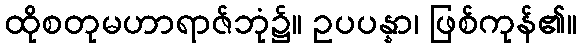
ထိုစတုမဟာရာဇ်ဘုံ၌။ ဥပပန္နာ၊ ဖြစ်ကုန်၏။